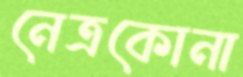
নেত্রকোনা